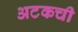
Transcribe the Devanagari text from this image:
अटकची